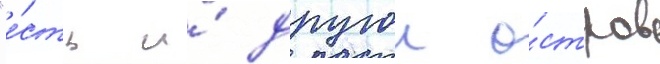
"е́сть и́ другои о́стров